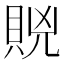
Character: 𧵮